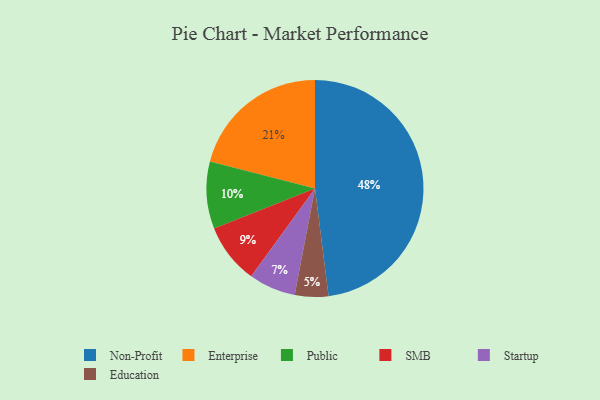
{"axis": {"x": "Category", "y": "Percentage"}, "legend": ["Education", "Enterprise", "Non-Profit", "Public", "SMB", "Startup"], "data": [{"x": "SMB", "y": 9, "type": "SMB"}, {"x": "Public", "y": 10, "type": "Public"}, {"x": "Enterprise", "y": 21, "type": "Enterprise"}, {"x": "Non-Profit", "y": 48, "type": "Non-Profit"}, {"x": "Startup", "y": 7, "type": "Startup"}, {"x": "Education", "y": 5, "type": "Education"}]}